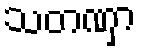
သတဏှာ